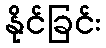
နိုင်ခြင်း